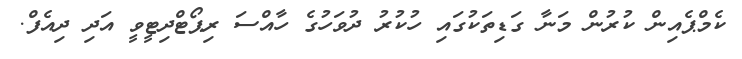
ކެމްޕެއިން ކުރުން މަނާ ގަޑިތަކުގައި ހުކުރު ދުވަހުގެ ހާއްސަ ރިޕޯޓްދިޓީވީ އަދި ދިއެފް.